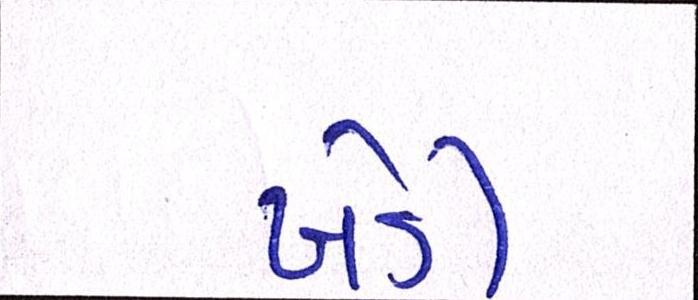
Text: ખેડી